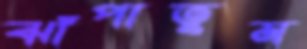
ঝাঁপাতুম